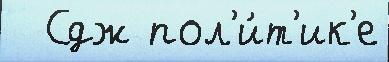
  Сдж пол'и́т'ик'е